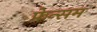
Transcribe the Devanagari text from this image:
फेन्सम